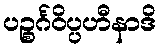
ပဉ္စင်္ဂဝိပ္ပဟီနာဒိ